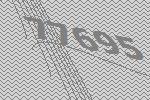
77695